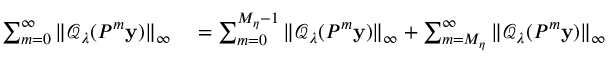
\begin{array} { r l } { \sum _ { m = 0 } ^ { \infty } \| \mathcal { Q } _ { \lambda } ( P ^ { m } \mathbf { y } ) \| _ { \infty } } & { { } = \sum _ { m = 0 } ^ { M _ { \eta } - 1 } \| \mathcal { Q } _ { \lambda } ( P ^ { m } \mathbf { y } ) \| _ { \infty } + \sum _ { m = M _ { \eta } } ^ { \infty } \| \mathcal { Q } _ { \lambda } ( P ^ { m } \mathbf { y } ) \| _ { \infty } } \end{array}